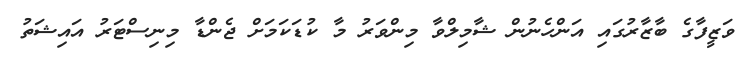
ވަޒީފާގެ ބާޒާރުގައި އަންހެނުން ޝާމިލްވާ މިންވަރު މާ ކުޑަކަމަށް ޖެންޑާ މިނިސްޓަރު އައިޝަތު